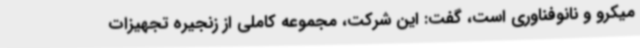
میکرو و نانوفناوری است، گفت: این شرکت، مجموعه کاملی از زنجیره تجهیزات